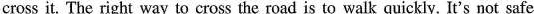
cross it. The right way to cross the road is to walk quickly. It's not safe